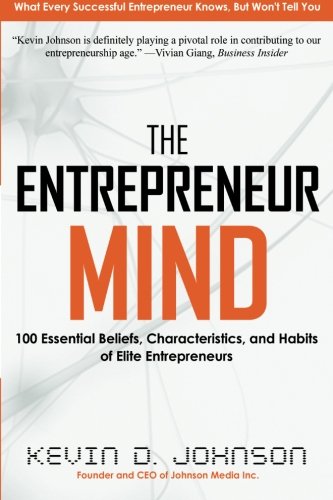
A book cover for The Entrepreneur Mind: 100 Essential Beliefs, Characteristics, and Habits of Elite Entrepreneurs; Kevin D. Johnson; Business & Money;